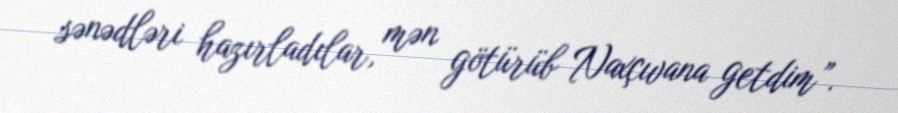
sənədləri hazırladılar, mən götürüb Naxçıvana getdim”.